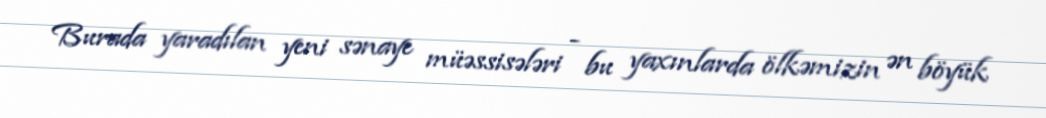
Burada yaradılan yeni sənaye müəssisələri - bu yaxınlarda ölkəmizin ən böyük